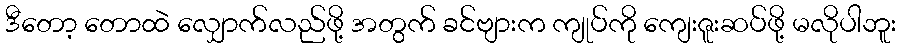
ဒီတော့ တောထဲ လျှောက်လည်ဖို့ အတွက် ခင်ဗျားက ကျုပ်ကို ကျေးဇူးဆပ်ဖို့ မလိုပါဘူး